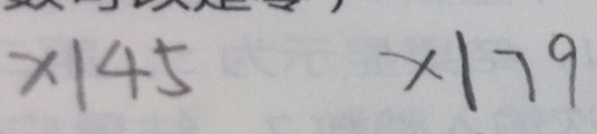
x \vert 4 5 x \vert 7 9